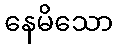
နေမိသော